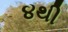
૪થી